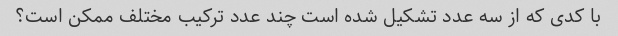
با کدی که از سه عدد تشکیل شده است چند عدد ترکیب مختلف ممکن است؟